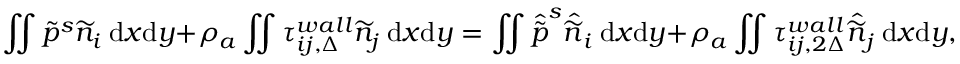
\iint \widetilde { p } ^ { s } \widetilde { n } _ { i } \ \mathrm { d } x \mathrm { d } y + \rho _ { a } \iint \tau _ { i j , \Delta } ^ { w a l l } \widetilde { n } _ { j } \ \mathrm { d } x \mathrm { d } y = \iint \hat { \widetilde { p } } ^ { s } \hat { \widetilde { n } } _ { i } \ \mathrm { d } x \mathrm { d } y + \rho _ { a } \iint \tau _ { i j , 2 \Delta } ^ { w a l l } \hat { \widetilde { n } } _ { j } \ \mathrm { d } x \mathrm { d } y ,